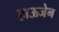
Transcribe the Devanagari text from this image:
हाऊजेन